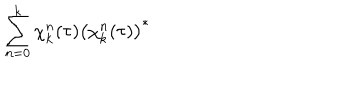
\sum _ { n = 0 } ^ { k } \chi _ { k } ^ { n } ( \tau ) \left( \chi _ { k } ^ { n } ( \tau ) \right) ^ { * }